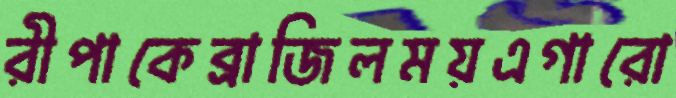
রীপাকেব্রাজিলময়এগারো